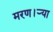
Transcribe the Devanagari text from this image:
मरण।ऱ्या